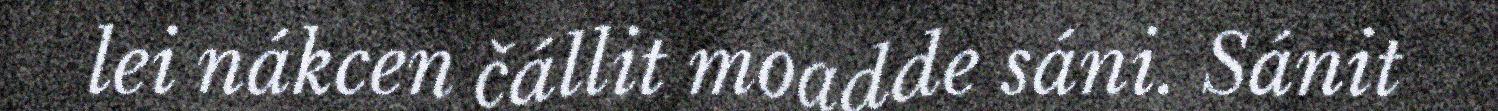
lei nákcen čállit moadde sáni. Sánit